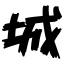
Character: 城